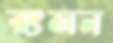
রংসন